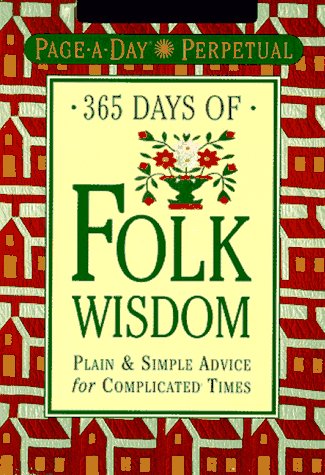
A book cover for Page-A-Day Perpetual: 365 Days of Folk Wisdom (Page-a-Day Perpetuals); Workman Publishing; Calendars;